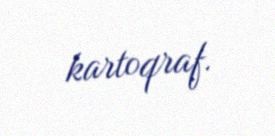
kartoqraf.